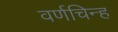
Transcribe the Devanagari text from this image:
वर्णचिन्ह